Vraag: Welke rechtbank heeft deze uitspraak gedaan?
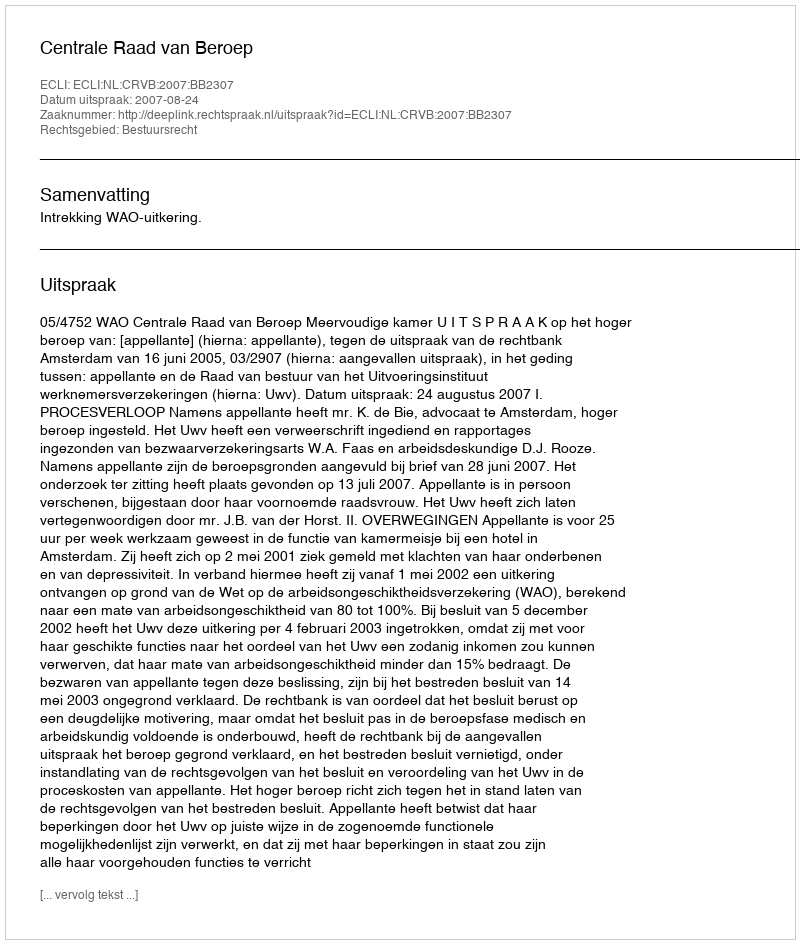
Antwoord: Centrale Raad van Beroep